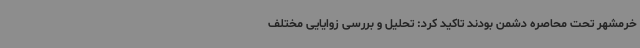
خرمشهر تحت محاصره دشمن بودند تاکید کرد: تحلیل و بررسی زوایایی مختلف